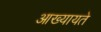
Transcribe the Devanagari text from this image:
आख्यायते